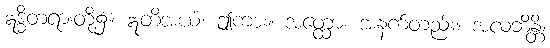
ဣဒ္ဓိတရားတို့၌။ ဣတိအယံ၊ ဤကား။ အတ္ထော၊ အနက်တည်း။ အလဘိန္တိ၊